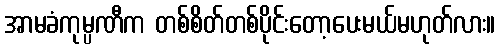
အာမခံကုမ္ပဏီက တစ်စိတ်တစ်ပိုင်းတော့ပေးမယ်မဟုတ်လား။